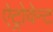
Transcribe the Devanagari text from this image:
ऐट्रोवेन्ट